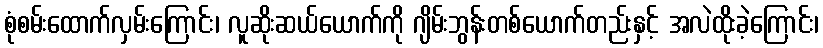
စုံစမ်းထောက်လှမ်းကြောင်း၊ လူဆိုးဆယ်ယောက်ကို ဂျိမ်းဘွန်းတစ်ယောက်တည်းနှင့် အလဲထိုးခဲ့ကြောင်း၊